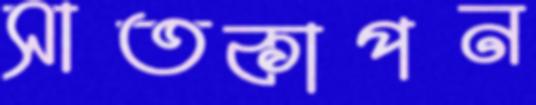
সাতকাপন